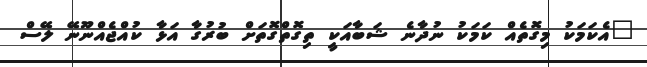
"އެކަމަކު މިގޮތެއް ކަމަކު ނުދާނެ ޝަބާއަކީ ތިގޮތްގޮތަށް ބުރުގާ އަޅާ ކުއްޖެއްނޫނޭ ލޭސް